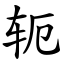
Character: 轭